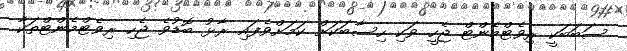
ސަބަބަކީ ރިވެޓްމެންޓް ޖެހީ ވަކި ހިސާބަކަށް ކަމަށްވެފައި ރާޅު ބޮޑުވެ ޖެހި ރިވެޓްމެންޓްތަކާ